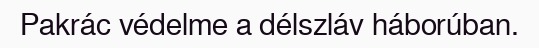
Pakrác védelme a délszláv háborúban.